Report on horse surra - Volume I
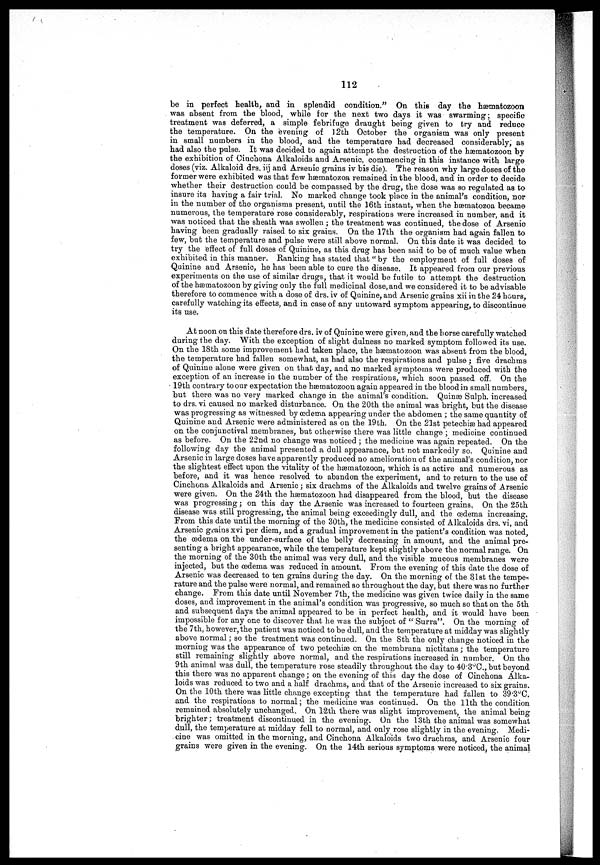
112
be in perfect health, and in splendid condition." On this day the hæmatozoon
was absent from the blood, while for the next two days it was swarming ; specific
treatment was deferred, a simple febrifuge draught being given to try and reduce
the temperature. On the evening of 12th October the organism was only present
in small numbers in the blood, and the temperature had decreased considerably; as
had also the pulse. It was decided to again attempt the destruction of the hæmatozoon by
the exhibition of Cinchona Alkaloids and Arsenic, commencing in this instance with large
doses (viz. Alkaloid drs. iij and Arsenic grains iv bis die). The reason why large doses of the
former were exhibited was that few hæmatozoa remained in the blood, and in order to decide
whether their destruction could be compassed by the drug, the dose was so regulated as to
insure its having a fair trial. No marked change took place in the animal's condition, nor
in the number of the organisms present, until the 16th instant, when the hæmatozoa became
numerous, the temperature rose considerably, respirations were increased in number, and it
was noticed that the sheath was swollen ; the treatment was continued, the dose of Arsenic
having been gradually raised to six grains. On the 17th the organism had again fallen to
few, but the temperature and pulse were still above normal. On this date it was decided to
try the effect of full doses of Quinine, as this drug has been said to be of much value when
exhibited in this manner. Ranking has stated that " by the employment of full doses of
Quinine and Arsenic, he has been able to cure the disease. It appeared from our previous
experiments on the use of similar drugs, that it would be futile to attempt the destruction
of the hæmatozoon by giving only the full medicinal dose, and we considered it to be advisable
therefore to commence with a dose of drs. iv of Quinine, and Arsenic grains xii in the 24 hours,
carefully watching its effects, and in case of any untoward symptom appearing, to discontinue
its use.
At noon on this date therefore drs. iv of Quinine were given, and the horse carefully watched
during the day. With the exception of slight dulness no marked symptom followed its use.
On the 18th some improvement had taken place, the hæmatozoon was absent from the blood,
the temperature had fallen somewhat, as had also the respirations and pulse ; five drachms
of Quinine alone were given on that day, and no marked symptoms were produced with the
exception of an increase in the number of the respirations, which soon passed off. On the
19th contrary to our expectation the hæmatozoon again appeared in the blood in small numbers,
but there was no very marked change in the animal's condition. Quinæ Sulph. increased
to drs. vi caused no marked disturbance. On the 20th the animal was bright, but the disease
was progressing as witnessed by oedema appearing under the abdomen ; the same quantity of
Quinine and Arsenic were administered as on the 19th. On the 21st petechiæ had appeared
on the conjunctival membranes, but otherwise there was little change ; medicine continued
as before. On the 22nd no change was noticed ; the medicine was again repeated. On the
following day the animal presented a dull appearance, but not markedly so. Quinine and
Arsenic in large doses have apparently produced no amelioration of the animal's condition, nor
the slightest effect upon the vitality of the hæmatozoon, which is as active and numerous as
before, and it was hence resolved to abandon the experiment, and to return to the use of
Cinchona Alkaloids and Arsenic ; six drachms of the Alkaloids and twelve grains of Arsenic
were given. On the 24th the hæmatozoon had disappeared from the blood, but the disease
was progressing ; on this day the Arsenic was increased to fourteen grains, On the 25th
disease was still progressing, the animal being exceedingly dull, and the oedema increasing,
From this date until the morning of the 30th, the medicine consisted of Alkaloids drs. vi, and
Arsenic grains xvi per diem, and a gradual improvement in the patient's condition was noted,
the oedema on the under-surface of the belly decreasing in amount, and the animal pre-
senting a bright appearance, while the temperature kept slightly above the normal range. On
the morning of the 30th the animal was very dull, and the visible mucous membranes were
injected, but the oedema was reduced in amount, From the evening of this date the dose of
Arsenic was decreased to ten grains during the day. On the morning of the 31st the tempe-
rature and the pulse were normal, and remained so throughout the day, but there was no further
change. From this date until November 7th, the medicine was given twice daily in the same
doses, and improvement in the animal's condition was progressive, so much so that on the 5th
and subsequent days the animal appeared to be in perfect health, and it would have been
impossible for any one to discover that he was the subject of " Surra". On the morning of
the 7th, however, the patient was noticed to be dull, and the temperature at midday was slightly
above normal ; so the treatment was continued. On the 8th the only change noticed in the
morning was the appearance of two petechiæ on the membrana nictitans; the temperature
still remaining slightly above normal, and the respirations increased in number. On the
9th animal was dull, the temperature rose steadily throughout the day to 40.3°C, but beyond
this there was no apparent change ; on the evening of this day the dose of Cinchona Alka-
loids was reduced to two and a half drachms, and that of the Arsenic increased to six grains.
On the 10th there was little change excepting that the temperature had fallen to 39.3°C.
and the respirations to normal ; the medicine was continued. On the 11th the condition
remained absolutely unchanged. On l-2th there was slight improvement, the animal being
brighter; treatment discontinued in the evening. On the 13th the animal was somewhat
dull, the temperature at midday fell to normal, and only rose slightly in the evening. Medi¬
cine was omitted in the morning, and Cinchona Alkaloids two drachms, and Arsenic four
grains were given in the evening. On the 14th serious symptoms were noticed, the animal.